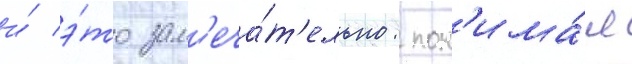
и́ э́то зам'еча́т'ельно: пон'има́я